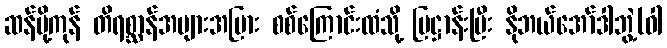
ဆန်ပို့ကုန် တိရစ္ဆာန်အများအပြား စစ်ကြောင်းထံသို့ ပြဋ္ဌာန်းပြီး နိုဘယ်အော်ဒါဘွဲ့(ဝါ